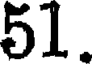
51.